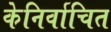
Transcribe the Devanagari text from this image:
केनिर्वाचित